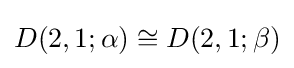
D(2,1;\alpha )\cong D(2,1;\beta )